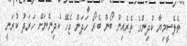
ތެލެސީމިޔާ ކުދިންގެ ތެރެއިން ބޯން ބެރޯ ހަދަން ޖެހޭ ކުދިންނަށް ހަރަދު ކުރަނީ